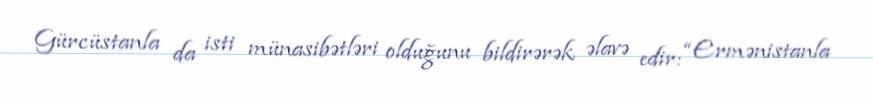
Gürcüstanla da isti münasibətləri olduğunu bildirərək əlavə edir: “Ermənistanla